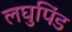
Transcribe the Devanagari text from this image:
लघुपिंड